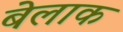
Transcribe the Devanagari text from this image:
बेलाक